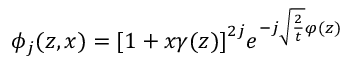
\phi _ { j } ( z , x ) = { [ } 1 + x \gamma ( z ) { ] } ^ { 2 j } e ^ { - j \sqrt { \frac { 2 } { t } } \varphi ( z ) }